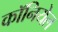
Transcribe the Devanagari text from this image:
कॉनियेल